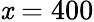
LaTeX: \mathit{x}=400